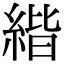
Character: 𦂄